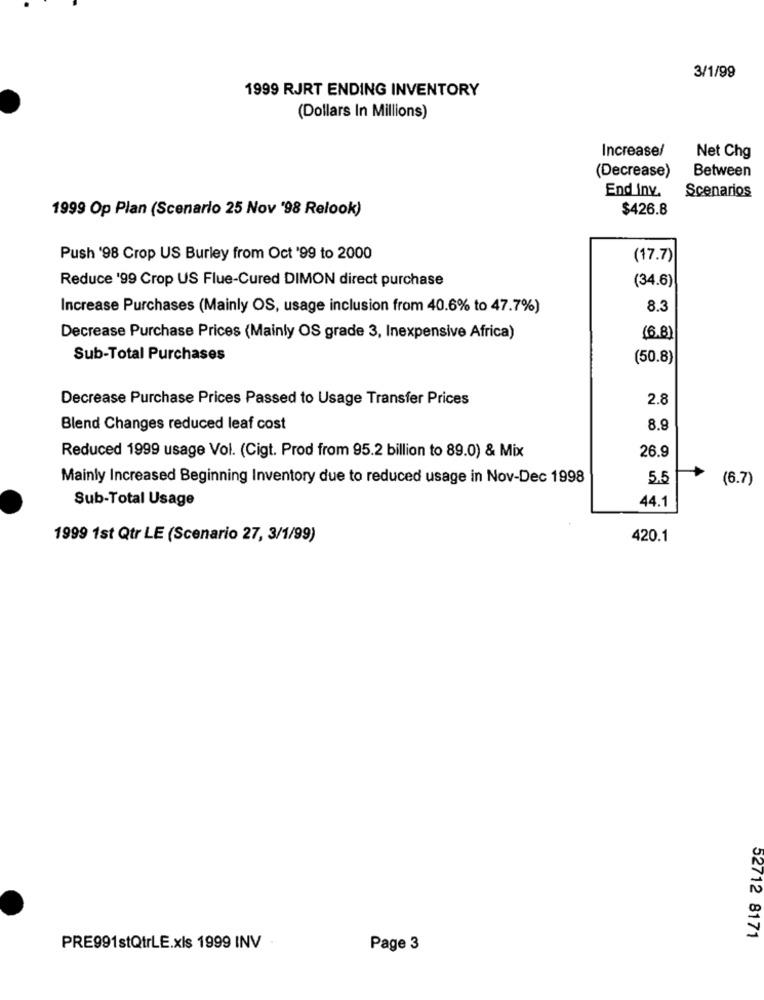
3/1/99
1999 RJRT ENDING INVENTORY
(Dollars In Millions)
Increase/
Net Chg
(Decrease)
Between
Scenarios
End inv.
1999 Op Plan (Scenario 25 Nov '98 Relook)
$426.8
Push '98 Crop US Burley from Oct '99 to 2000
(17.7)
Reduce '99 Crop US Flue-Cured DIMON direct purchase
(34.6)
Increase Purchases (Mainly OS, usage inclusion from 40.6% to 47.7%)
8.3
Decrease Purchase Prices (Mainly OS grade 3, Inexpensive Africa)
(6.8)
Sub-Total Purchases
(50.8)
Decrease Purchase Prices Passed to Usage Transfer Prices
2.8
Blend Changes reduced leaf cost
8.9
Reduced 1999 usage Vol. (Cigt. Prod from 95.2 billion to 89.0) & Mix
26.9
Mainly Increased Beginning Inventory due to reduced usage in Nov-Dec 1998
5.5
(6.7)
Sub-Total Usage
44.1
1999 1st Qtr LE (Scenario 27, 3/1/99)
420.1
52712 8171
PRE991stQtrLE.xls 1999 INV
Page 3